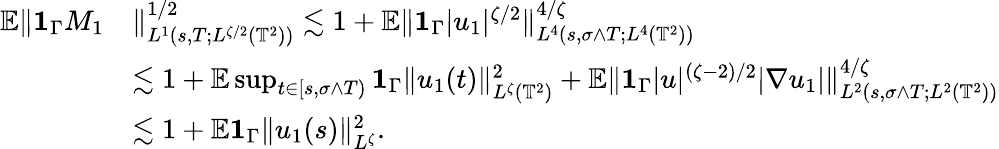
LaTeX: \begin{array}{rl}{{\mathbb E}\| {{\mathbf 1}}_{\Gamma}M_{1}}&{\| _{L^{1}(s,T;L^{\zeta/2}({\mathbb T}^{2}))}^{1/2}\lesssim 1+{\mathbb E}\| {{\mathbf 1}}_{\Gamma}|u_{1}|^{\zeta/2}\| _{L^{4}(s,\sigma\wedge T;L^{4}(\mathbb{T}^{2}))}^{4/\zeta}}\\ &{\lesssim 1+{\mathbb E}\operatorname*{sup}_{t\in[s,\sigma\wedge T)}{{\mathbf 1}}_{\Gamma}\| u_{1}(t)\| _{L^{\zeta}(\mathbb{T}^{2})}^{2}+{\mathbb E}\| {{\mathbf 1}}_{\Gamma}|u|^{(\zeta-2)/2}|\nabla u_{1}|\| _{L^{2}(s,\sigma\wedge T;L^{2}(\mathbb{T}^{2}))}^{4/\zeta}}\\ &{\lesssim 1+{\mathbb E}{{\mathbf 1}}_{\Gamma}\| u_{1}(s)\| _{L^{\zeta}}^{2}.}\end{array}